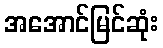
အအောင်မြင်ဆုံး